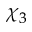
\chi _ { 3 }